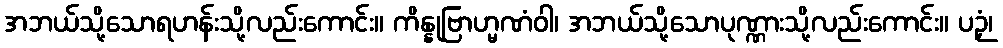
အဘယ်သို့သောရဟန်းသို့လည်းကောင်း။ ကိန္နုဗြာဟ္မဏံဝါ၊ အဘယ်သို့သောပုဏ္ဏားသို့လည်းကောင်း။ ပဉှံ၊